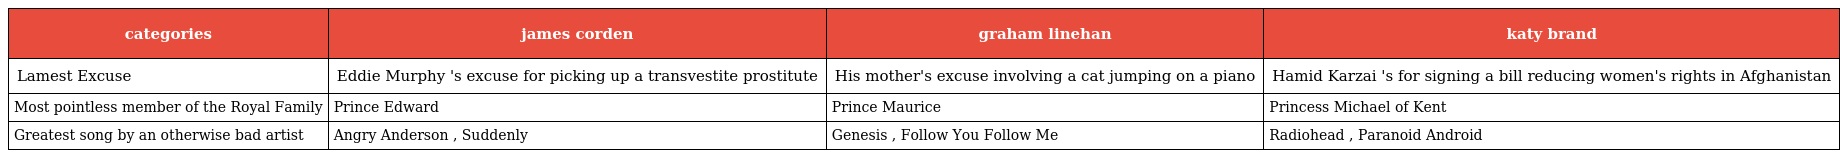
| categories | james corden | graham linehan | katy brand |
 | --- | --- | --- | --- |
 | Lamest Excuse | Eddie Murphy 's excuse for picking up a transvestite prostitute | His mother's excuse involving a cat jumping on a piano | Hamid Karzai 's for signing a bill reducing women's rights in Afghanistan |
 | Most pointless member of the Royal Family | Prince Edward | Prince Maurice | Princess Michael of Kent |
 | Greatest song by an otherwise bad artist | Angry Anderson , Suddenly | Genesis , Follow You Follow Me | Radiohead , Paranoid Android |